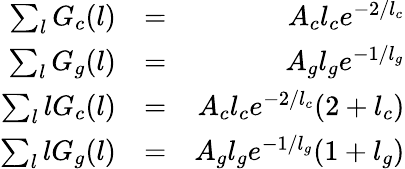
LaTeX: \begin{array}{rlr}{\sum_{l}G_{c}(l)}&{=}&{A_{c}l_{c}e^{-2/l_{c}}}\\ {\sum_{l}G_{g}(l)}&{=}&{A_{g}l_{g}e^{-1/l_{g}}}\\ {\sum_{l}lG_{c}(l)}&{=}&{A_{c}l_{c}e^{-2/l_{c}}(2+l_{c})}\\ {\sum_{l}lG_{g}(l)}&{=}&{A_{g}l_{g}e^{-1/l_{g}}(1+l_{g})}\end{array}